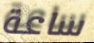
ساعة